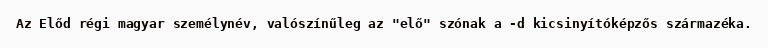
Az Előd régi magyar személynév, valószínűleg az "elő" szónak a -d kicsinyítóképzős származéka.